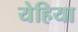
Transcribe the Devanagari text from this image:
येहिया